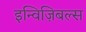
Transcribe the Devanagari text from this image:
इन्विज़िबल्स